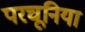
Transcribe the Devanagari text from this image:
परचूनिया